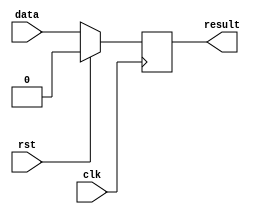
module synchronous_block (
    input clk,
    input rst,
    input data,
    output reg result
);

always @ (negedge clk) begin
    if (rst) begin
        result <= 0;
    end else begin
        result <= data;
    end
end

endmodule